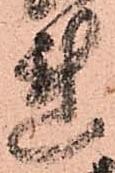
連